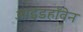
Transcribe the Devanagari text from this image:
आइंडहॉवेन